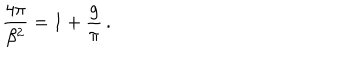
\frac { 4 \pi } { \beta ^ { 2 } } = 1 + \frac { g } { \pi } \, .